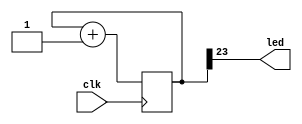

module tang_nano_9k_blinking_led
        (
            input   clk,
            output  led
        );

    reg     [23:0]  counter;
    always @(posedge clk) begin
        counter <= counter + 1;
    end
    
    assign led = counter[23];

endmodule